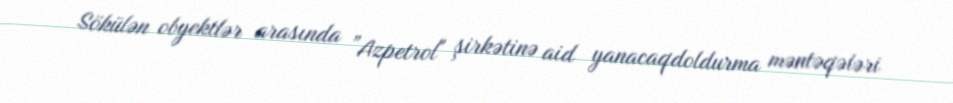
Sökülən obyektlər arasında ”Azpetrol" şirkətinə aid yanacaqdoldurma məntəqələri